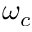
\omega _ { c }